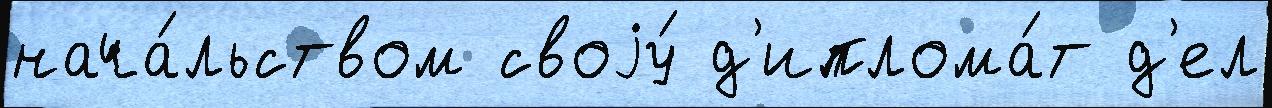
нача́льством своjу́ д'иплома́т д'ел